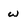
Character: w